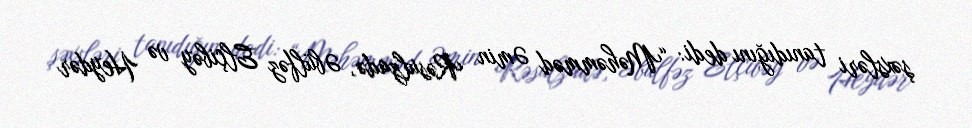
şəxsləri tanıdığını dedi: “Məhəmməd Əmin Rəsulzadə, Əbülfəz Elçibəy və Heydər